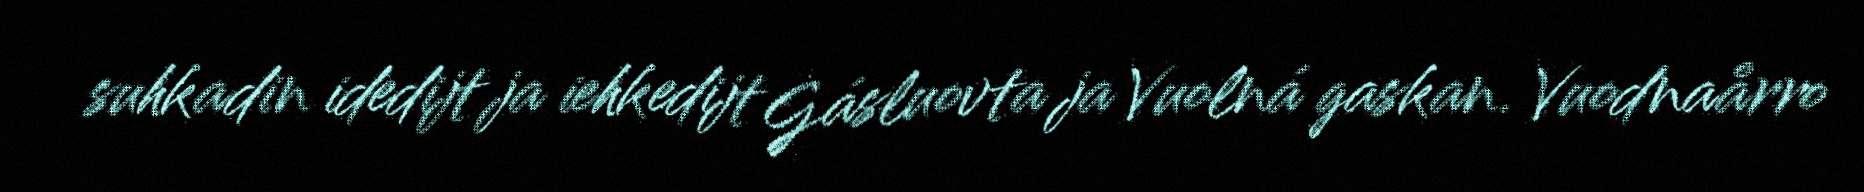
suhkadin idedijt ja iehkedijt Gásluovta ja Vuolná gaskan. Vuodnaårro